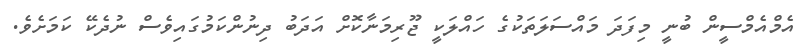
އެމްއެމްސީން ބުނީ މިފަދަ މައްސަލަތަކުގެ ހައްލަކީ ޖޫރިމަނާކޮށް އަދަބު ދިނުންކަމުގައިވެސް ނުދެކޭ ކަމަށެވެ.